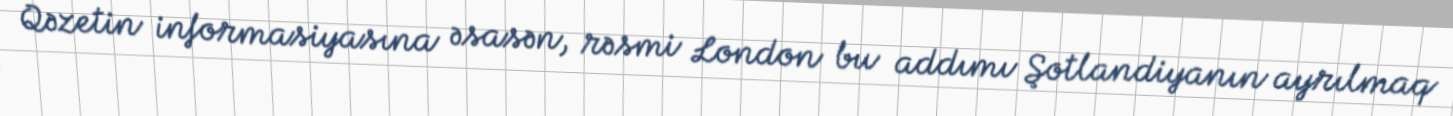
Qəzetin informasiyasına əsasən, rəsmi London bu addımı Şotlandiyanın ayrılmaq